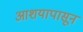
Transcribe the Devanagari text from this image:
आशयापासून